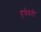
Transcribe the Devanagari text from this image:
हर्षवंती